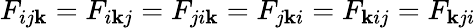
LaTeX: F_{ij\mathbf{k}}=F_{i\mathbf{k}j}=F_{ji\mathbf{k}}=F_{j\mathbf{k}i}=F_{\mathbf{k}ij}=F_{\mathbf{k}ji}